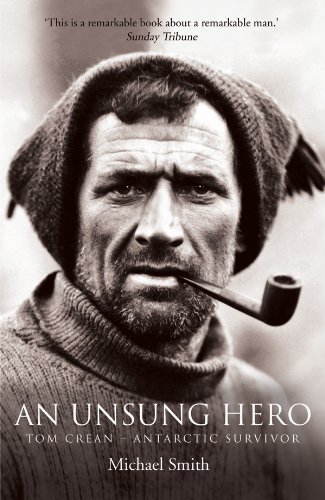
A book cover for An Unsung Hero: Tom Crean - Antarctic Survivor; Michael Smith; Travel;